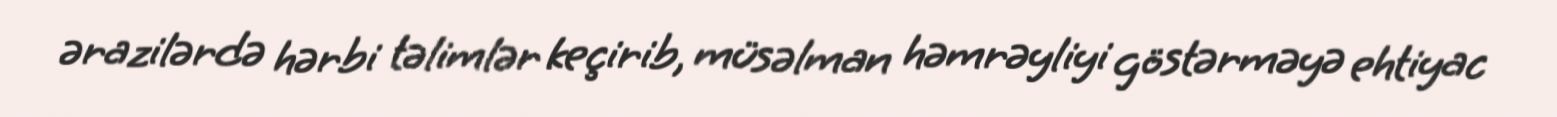
ərazilərdə hərbi təlimlər keçirib, müsəlman həmrəyliyi göstərməyə ehtiyac